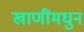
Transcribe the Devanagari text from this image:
खाणींमधुन